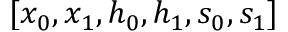
[ x _ { 0 } , x _ { 1 } , h _ { 0 } , h _ { 1 } , s _ { 0 } , s _ { 1 } ]